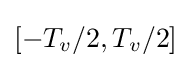
[-T_{v}/2,T_{v}/2]